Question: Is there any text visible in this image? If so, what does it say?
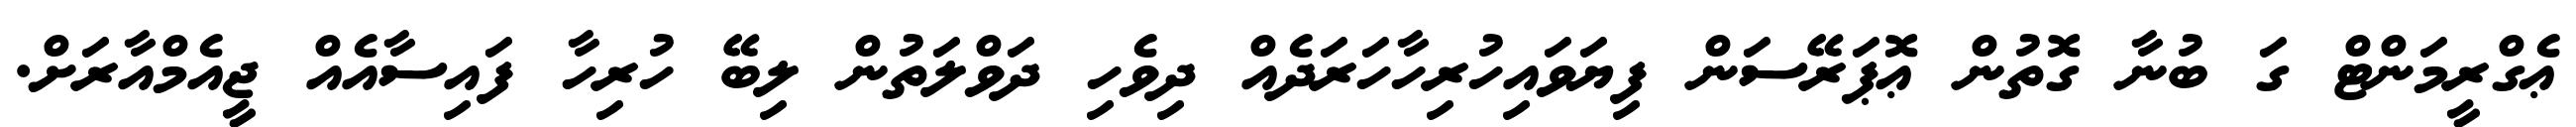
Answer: ޢެގްރީމަންޓް ގަ ބުނާ ގޮތުން ޢޮޕަރޭސަން ފިޔަވައިހުރިހާހަރަދެއް ދިވެހި ދަވްލަތުން ލިބޭ ހުރިހާ ފައިސާއެއް ޖީއެމްއާރަށް.